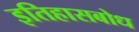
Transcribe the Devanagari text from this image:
इतिहासबोध